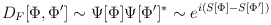
\begin{align*}D_F[\Phi ,\Phi ^{\prime}]\sim \Psi [\Phi ]\Psi [\Phi^{\prime}]^*\sim e^{i(S[\Phi ]-S[\Phi ^{\prime}])}\end{align*}